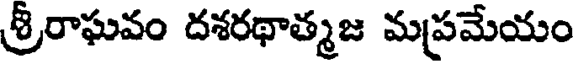
శ్రీరాఘవం దశరథాత్మజ మప్రమేయం